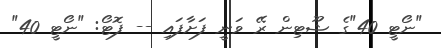
"ނޯޓީ 40"ގެ ޝޫޓިން ރޭ ވަނީ ފަށާފައި -- ފޮޓޯ: "ނޯޓީ 40"